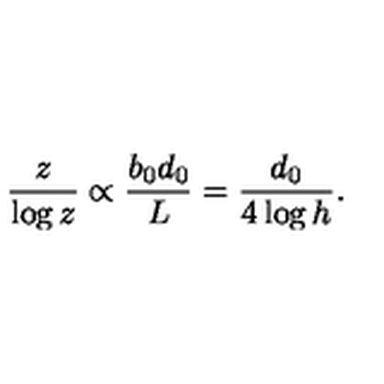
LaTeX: \frac { z } { \log z } \propto \frac { b _ { 0 } d _ { 0 } } { L } = \frac { d _ { 0 } } { 4 \log h } .